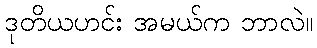
ဒုတိယဟင်း အမယ်က ဘာလဲ။